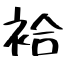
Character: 袷